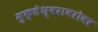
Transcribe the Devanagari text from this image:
मुक्तेश्वराबरोबर